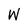
Character: W